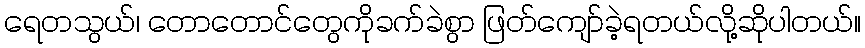
ရေတသွယ်၊ တောတောင်တွေကိုခက်ခဲစွာ ဖြတ်ကျော်ခဲ့ရတယ်လို့ဆိုပါတယ်။